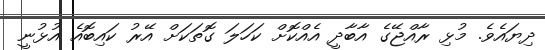
ދިޔައެވެ. މުޅި ރާއްޖޭގެ އާބާދީ އެއްކޮށް ކަހަލަ ގޮތަކަށް އޭރު ކައިބޮއެ އުޅުނީ